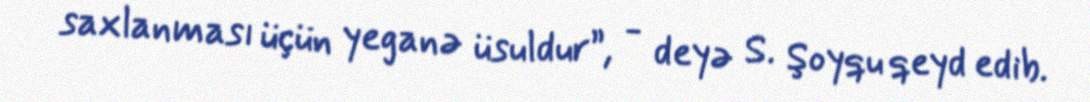
saxlanması üçün yeganə üsuldur”, - deyə S. Şoyqu qeyd edib.